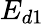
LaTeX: E_{d1}